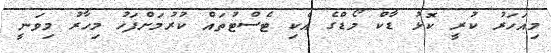
މިއަހަރު ކުރީ ކޮޅު ޑާކް މޯޑްގެ އެކި ޓެސްޓުތައް ކުރުމަށްފަހު މިހާރު މިވަނީ